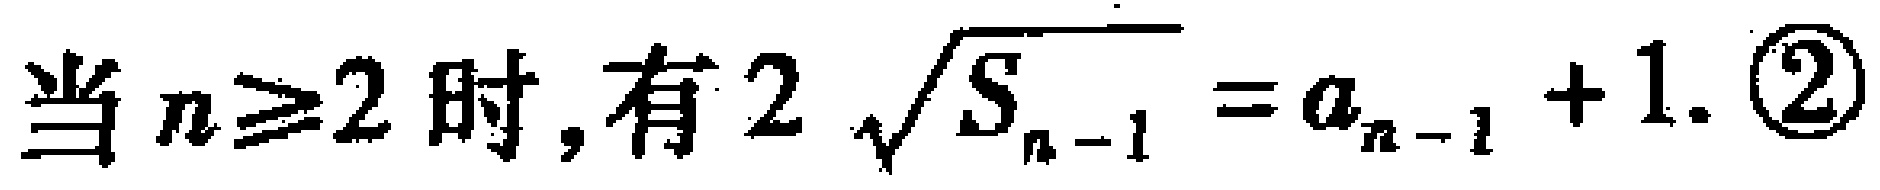
当 \(n\geq2\) 时,有 \(2\sqrt{S_{n - 1}} = a_{n - 1} + 1.\) \textcircled{2}